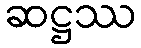
ဆဋ္ဌဿ